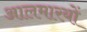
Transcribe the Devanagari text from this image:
आलमारयों